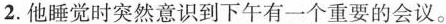
2.他睡觉时突然意识到下午有一个重要的会议。